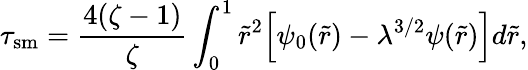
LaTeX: \tau_{\mathrm{sm}}=\frac{4(\zeta-1)}{\zeta}\int_{0}^{1}\tilde{r}^{2}\Big[\psi_{0}(\tilde{r})-\lambda^{3/2}\psi(\tilde{r})\Big]d\tilde{r},